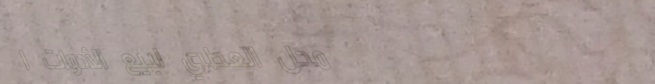
محل العطري لبيع الأدوات ا